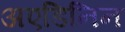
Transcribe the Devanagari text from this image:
अएडिनिन